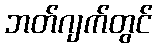
ဘတ်ဂျက်တွင်